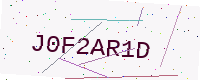
Text: J0F2AR1D